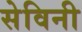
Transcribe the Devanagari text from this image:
सेविनी